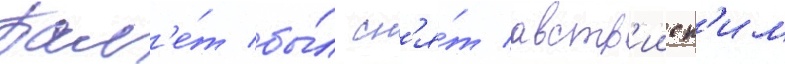
Бал'е́т бы́л сн'я́т австр'ииск'им